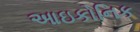
આઇકોનિક